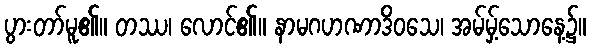
ပွားတာ်မူ၏။ တဿ၊ လောင်၏။ နာမဂဟဏာဒိဝသေ၊ အမ်မှ့်သောနေ့၌။